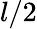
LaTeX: l/2